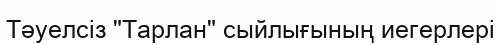
Тәуелсіз "Тарлан" сыйлығының иегерлері